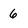
Character: 6